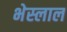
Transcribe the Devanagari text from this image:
भेस्‍लाल